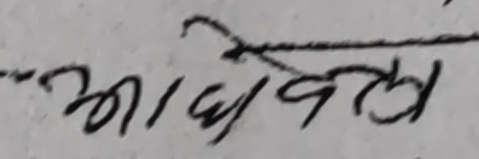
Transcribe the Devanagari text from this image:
आदेशले